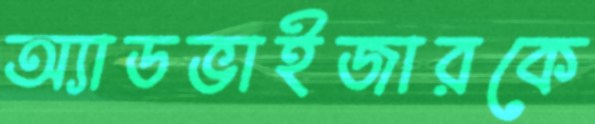
অ্যাডভাইজারকে